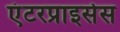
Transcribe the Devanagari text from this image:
एंटरप्राइसेस